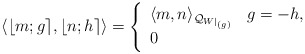
\begin{align*}\langle \lfloor m; g \rceil, \lfloor n; h \rceil \rangle = \left\{ \begin{array}{ll} \langle m , n \rangle_{\mathcal{Q}_{W|_{(g)}}} & g = - h, \\ 0 & \end{array} \right.\end{align*}